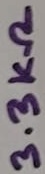
Text: 3.3KΩ